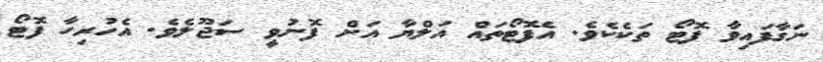
ނަގާފައިވާ ފޮޓޯ ތަކެކެވެ. އެފޮޓޯތައް އަލްޔާ އަށް ފޮނުވީ ސަޖޫލެވެ. އެހުރިހާ ފޮޓޯ